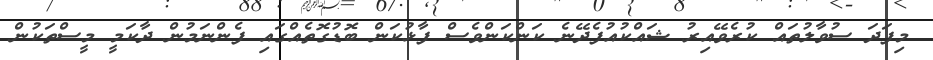
މިފަދަ ސުވާލުތައް ކުރެވޭއިރު ޝައްކުއުފެދޭނެ ކަންކަންވެސް ފާޅުކަން ބޮޑުގޮތެއްގައި ފެންނަމުން ދާކަމީ މީސްތަކުން